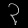
Digit: ၃